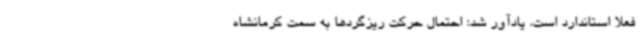
فعلا استاندارد است، یادآور شد: احتمال حرکت ریزگردها به سمت کرمانشاه